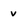
Character: v